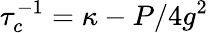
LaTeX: \tau_{c}^{-1}=\kappa-P/4g^{2}